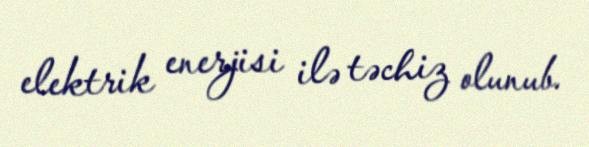
elektrik enerjisi ilə təchiz olunub.